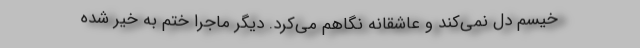
خیسم دل نمی‌کَند و عاشقانه نگاهم می‌کرد. دیگر ماجرا ختم به خیر شده